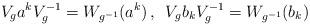
LaTeX: \begin{align*} V_{g}a^{k}V_{g}^{-1} = W_{g^{-1}}(a^{k}) \, , \enspace V_{g}b_{k}V_{g}^{-1} = W_{g^{-1}} (b_{k})\end{align*}